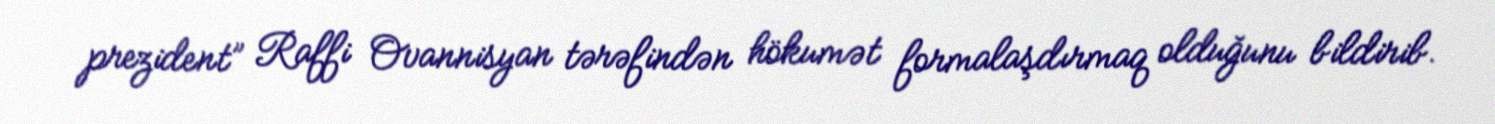
prezident” Raffi Ovannisyan tərəfindən hökumət formalaşdırmaq olduğunu bildirib.